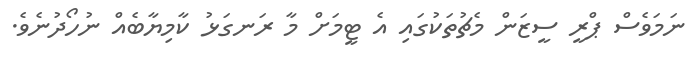
ނަމަވެސް ޕްރީ ސީޒަން މެޗުތަކުގައި އެ ޓީމަށް މާ ރަނގަޅު ކާމިޔާބެއް ނުހޯދުނެވެ.